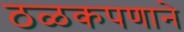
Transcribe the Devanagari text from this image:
ठळकपणाने